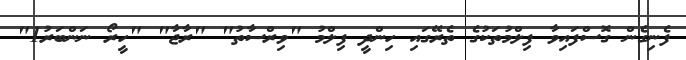
ފެނިގެން ގޮސްފައިވާ ފިލްމުތަކުގެ ތެރޭގައި ހިންދީ ފިލްމު "ވިރްސާތު" "ރާޖާ" "ހީރޯ ނަންބަރު1"